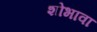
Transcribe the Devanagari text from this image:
शोभावा